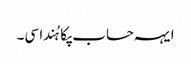
ایہہ حساب پکا ہُندا سی۔